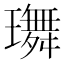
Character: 𤪕